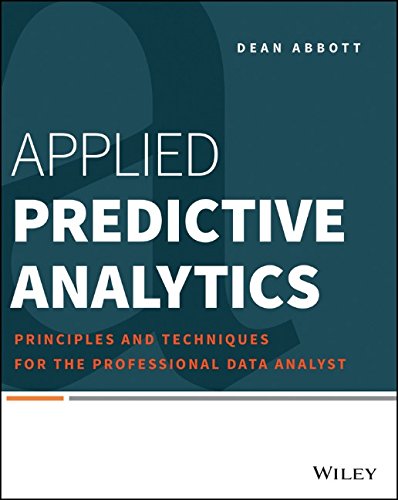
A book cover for Applied Predictive Analytics: Principles and Techniques for the Professional Data Analyst; Dean Abbott; Computers & Technology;